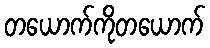
တယောက်ကိုတယောက်